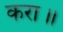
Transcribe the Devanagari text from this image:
करा॥